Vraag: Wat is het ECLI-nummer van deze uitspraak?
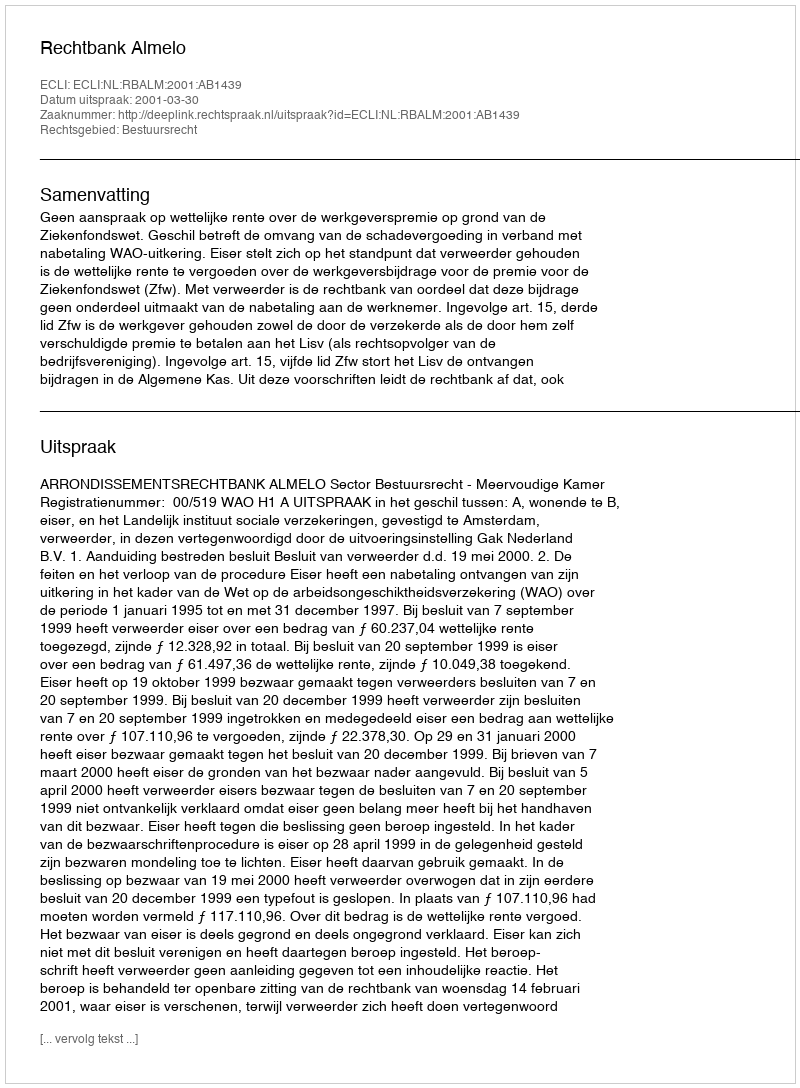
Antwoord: ECLI:NL:RBALM:2001:AB1439